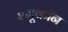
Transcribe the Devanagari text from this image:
श्मूकॉन